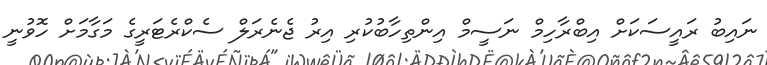
ނައިބު ރައީސަކަށް އިބްރާހިމް ނަސީމް އިންތިހާބުކުރި އިރު ޖެނެރަލް ސެކްރެޓަރީގެ މަގާމަށް ހޮވުނީ